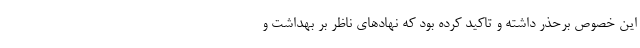
این خصوص برحذر داشته و تاکید کرده بود که نهاد‌های ناظر بر بهداشت و